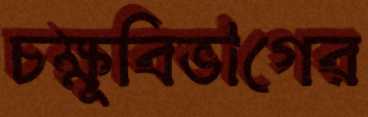
চক্ষুবিভাগের